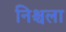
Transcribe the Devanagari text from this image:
निश्चला